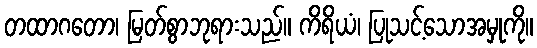
တထာဂတော၊ မြတ်စွာဘုရားသည်။ ကိရိယံ၊ ပြုသင့်သောအမှုကို။